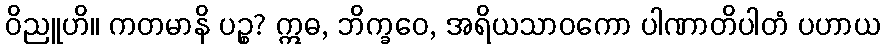
ဝိညူဟိ။ ကတမာနိ ပဉ္စ? ဣဓ, ဘိက္ခဝေ, အရိယသာဝကော ပါဏာတိပါတံ ပဟာယ